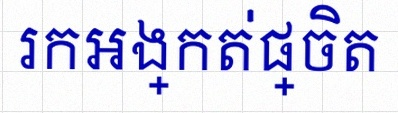
រកអង្កត់ផ្ចិត